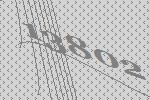
13802